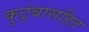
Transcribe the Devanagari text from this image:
कुटुंबासहित